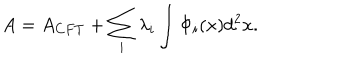
A = A _ { C F T } + \sum _ { i } \lambda _ { i } \int \Phi _ { i } ( x ) d ^ { 2 } x .